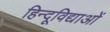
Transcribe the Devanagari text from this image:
हिन्दूविद्याओं